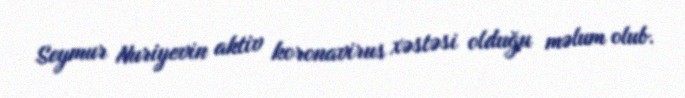
Seymur Nuriyevin aktiv koronavirus xəstəsi olduğu məlum olub.